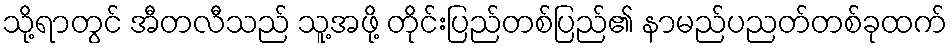
သို့ရာတွင် အီတလီသည် သူ့အဖို့ တိုင်းပြည်တစ်ပြည်၏ နာမည်ပညတ်တစ်ခုထက်